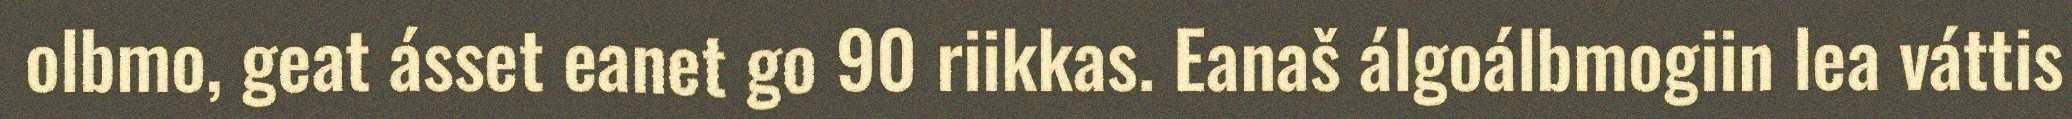
olbmo, geat ásset eanet go 90 riikkas. Eanaš álgoálbmogiin lea váttis